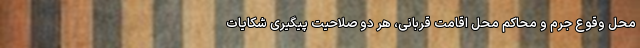
محل وقوع جرم و محاکم محل اقامت قربانی، هر دو صلاحیت پیگیری شکایات